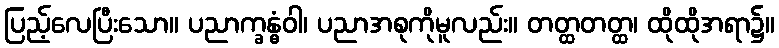
ပြည့်လေပြီးသော။ ပညာက္ခန္ဓံဝါ၊ ပညာအစုကိုမူလည်း။ တတ္ထတတ္ထ၊ ထိုထိုအရာ၌။